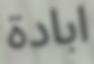
ابادة